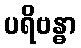
ပရိဗန္ဓာ